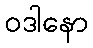
ဝဒါနော